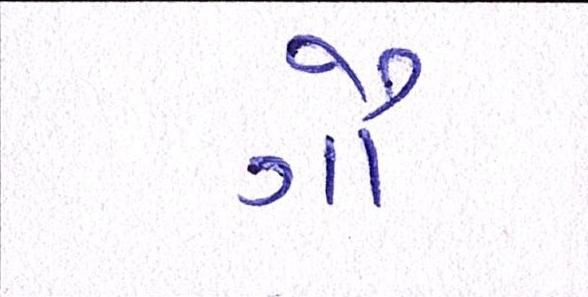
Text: ગૌ